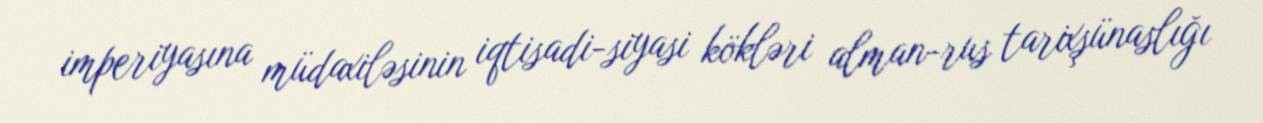
imperiyasına müdaxiləsinin iqtisadi-siyasi kökləri alman-rus tarixşünaslığı